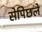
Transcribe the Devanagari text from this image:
सेपिछले